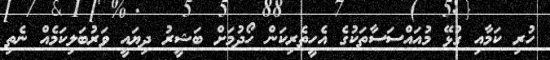
ހުރި ކަމާއި ގުޅޭ މުއައްސަސާތަކުގެ އެހީތެރިކަން ހޯދުމަށް ބަޝީރު ދިޔައީ ވަރުބަލިކަމެއް ނެތި